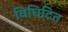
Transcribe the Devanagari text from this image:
विघिटित